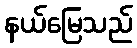
နယ်မြေသည်